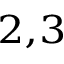
^ { 2 , 3 }